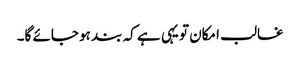
غالب امکان تو یہی ہے کہ بند ہو جائے گا۔